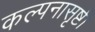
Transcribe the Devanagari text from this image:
कल्पनासृष्टी